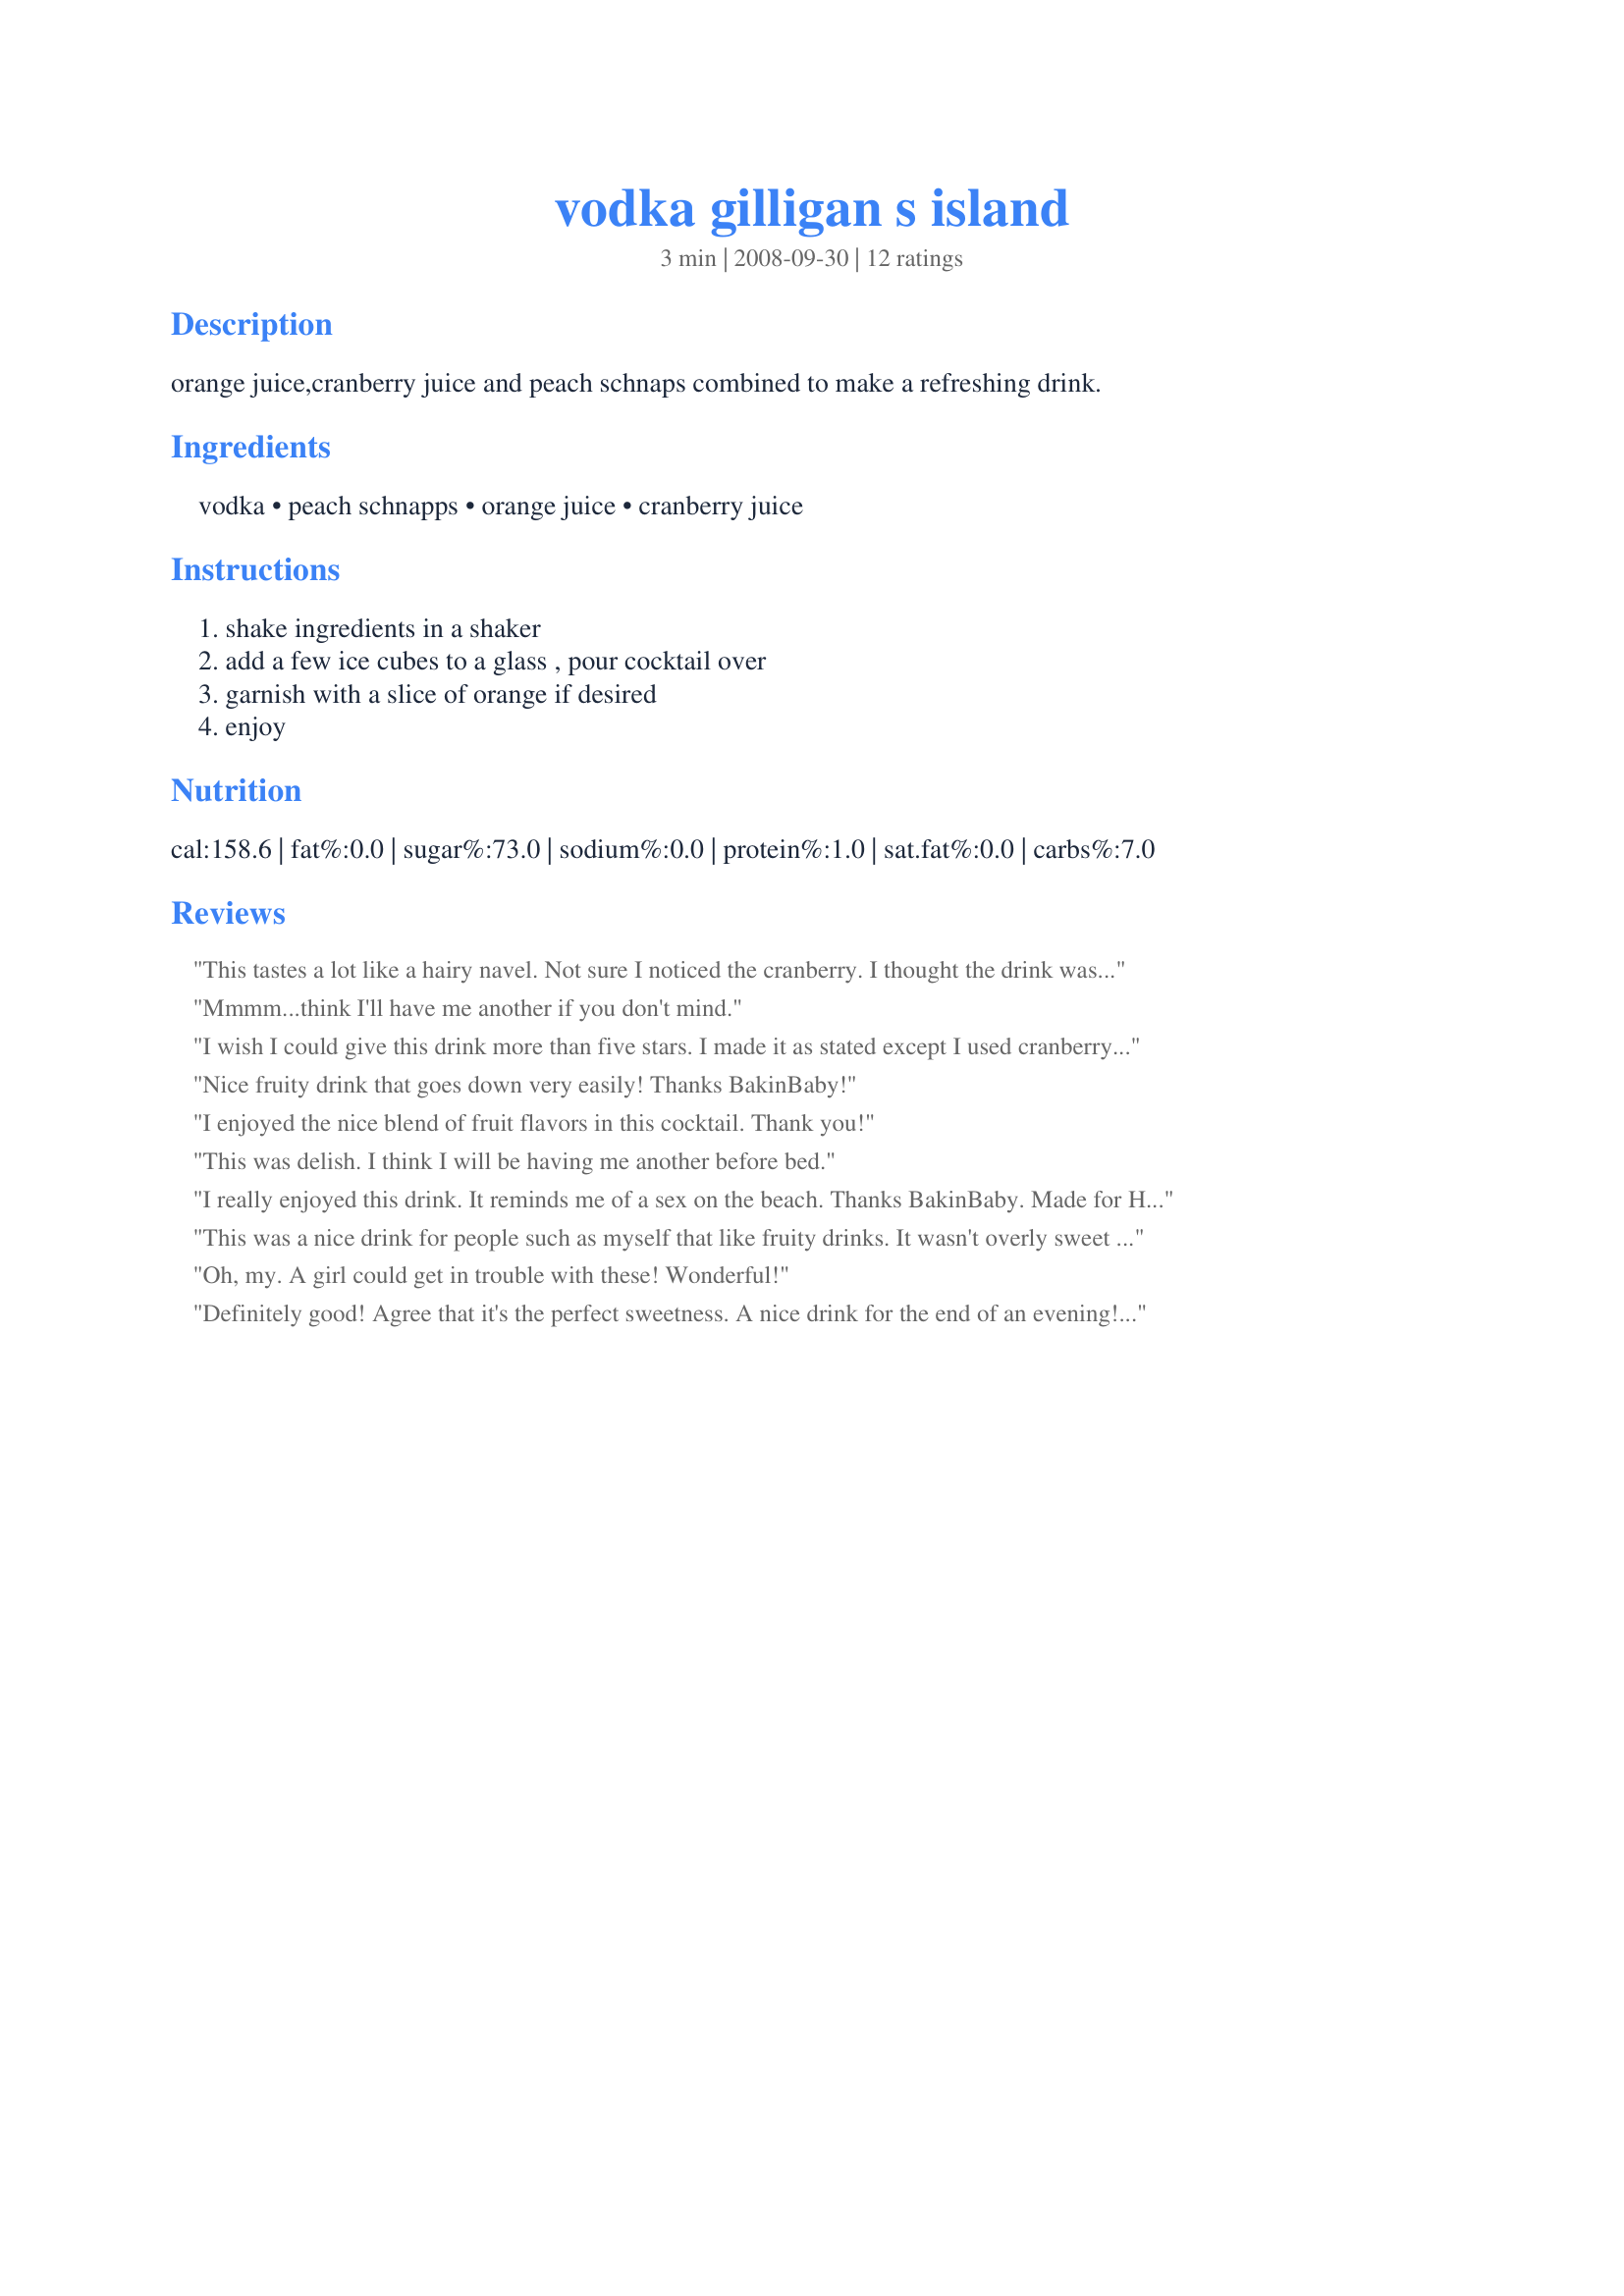
vodka gilligan s island
Preparation time: 3 minutes

orange juice,cranberry juice and peach schnaps combined to make a refreshing drink.

Ingredients:
vodka, peach schnapps, orange juice, cranberry juice

Steps:
shake ingredients in a shaker, add a few ice cubes to a glass , pour cocktail over, garnish with a slice of orange if desired, enjoy

Reviews:
This tastes a lot like a hairy navel. Not sure I noticed the cranberry. I thought the drink was a little on the weak side, so after trying it, I began playing with the proportions. Made for ZWT5.
Mmmm...think I'll have me another if you don't mind.
I wish I could give this drink more than five stars. I made it as stated except I used cranberrygrape juice. I could see this becomeing my new favorite. Thanks BakinBaby. Made for bevy tag Nov. 2008.
Nice fruity drink that goes down very easily! Thanks BakinBaby!
I enjoyed the nice blend of fruit flavors in this cocktail. Thank you!
This was delish. I think I will be having me another before bed.
I really enjoyed this drink. It reminds me of a sex on the beach. Thanks BakinBaby. Made for Holiday tag.
This was a nice drink for people such as myself that like fruity drinks. It wasn't overly sweet despite the two juices and is certainly that kind of drink that you could have far too many of without noticing. made for Holiday Tag.
Oh, my. A girl could get in trouble with these! Wonderful!
Definitely good! Agree that it's the perfect sweetness. A nice drink for the end of an evening! Added a tad extra Orange, Pineapple juice which took this drink from a 4 to a 5. Tagged for Bevy Tag. THANKS
This made me feel like I was shipwrecked!! Thanks BakinBaby!
This was yummy; a madras with peach schnapps! Wish I'd thought of it! Refreshing, and I'll be making this again! Thanks, BakinBaby, for sharing this recipe!
